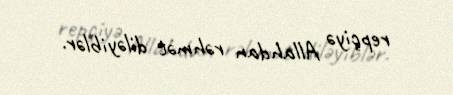
repçiyə Allahdan rəhmət diləyiblər.